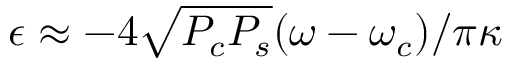
\epsilon \approx - 4 \sqrt { P _ { c } P _ { s } } ( \omega - \omega _ { c } ) / \pi \kappa